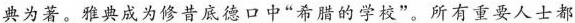
典为著。雅典成为修昔底德口中”希腊的学校”。所有重要人士都